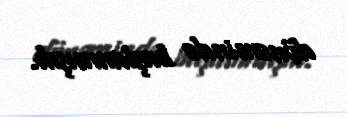
dönəmində başlanmışdı.